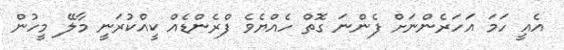
އެއީ ހަމަ އަހަރެންނަށް ފެންނަ ގޮތް ހެއްޔެވެ ފްރެންޑެއް ކީއްކުރަނީ މާލޭ މީހުން